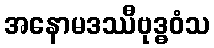
အနောမဒဿီဗုဒ္ဓဝံသ